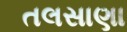
તલસાણા